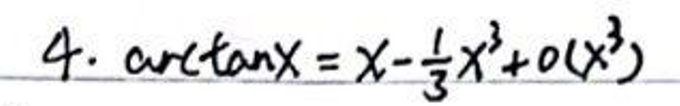
$4. \arctan x = x - \frac{1}{3}x^3 + o(x^3)$